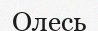
Олесь